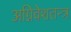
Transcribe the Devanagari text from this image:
अग्निवेशतन्त्र